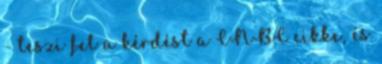
- teszi fel a kérdést a CNBC cikke, és